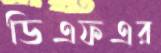
ডিএফএর